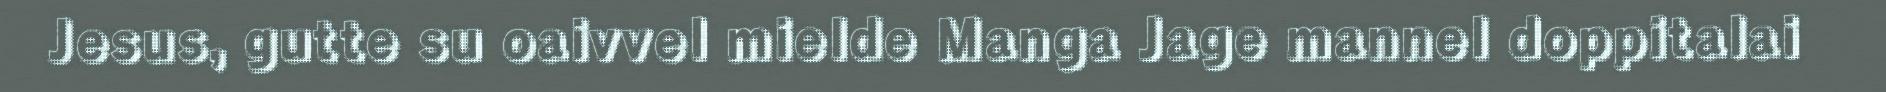
Jesus, gutte su oaivvel mielde Manga Jage mannel doppitalai